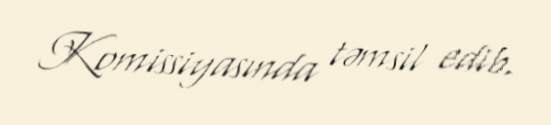
Komissiyasında təmsil edib.